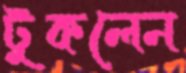
টুকলেন